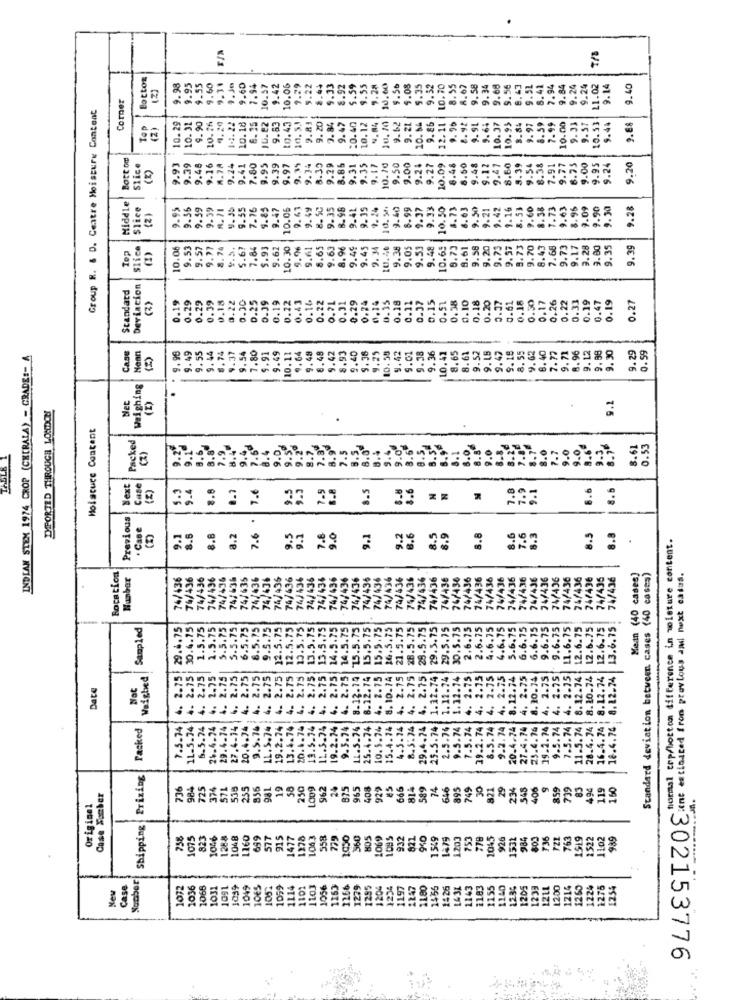
7/5
(2)
.98
9.55
9.60
9.31
9.30
9.60
7.94
10.57
9.42
10.06
1.29
1.22
8.44
9.33
8.9
5.59
9.55
9.28
10.60
9.56
9.05
5.35
9.52
10.70
8.55
8.67
9.58
9.68
7.94
9.24
9.14
9.40
Corner
Group R. & D. Centre Moisture Content
-
10.29
10.31
9.90
10.26
4.29
1-1.22
6.25
JU.82
9.83
10. 43
9.20
3.84
9.47
10.40
10.12
9.62
9.2L
10.54
9.86
. 90
9.9L
9.64
10.37
8.59
9.33
5.44
9.68
Tap
(2)
10.18
9.83
12.11
8.9
10.95
9.97
10.53
9.54
9.20
Slice
(2)
.93
9.39
9.16
A.78
9.24
7.80
9.95
9.39
9.97
9.34
8.30
9.29
8.86
9.31
9.35
9.17
10.70
9.50
9.00
9.24
9.27
10.09
8.48
8.50
9.48
9.12
9.47
8.60
9.39
8.38
7.91
9.77
6.75
9.00
Slice
9.95
9.56
R. 71
9. 30
9.55
7.16
1.85
9.47
10.06
9.43
9.49
8. 50
9.35
8.98
9.41
9.35
9.24
8.99
9.37
9.33
10.50
8.73
8.63
9.50
9.21
9.42
1.16
8.53
9.60
8.38
1.73
9.63
9.09
9.90
9.30
9.28
(2)
Slice
(1)
10.06
. 57
7.84
5.93
5.62
10.30
5.%
9.61
8.65
9.63
8.96
9.49
9.45
10.40
9.05
9.53
9.48
10.65
6.73
8.61
9.58
9.20
9.73
9.57
9.73
9.70
8.43
7.65
9.73
9.17
3.28
9.80
9.35
9.39
Tep
Standard
Deviation
0.30
0.25
0.39
0.19
0.22
0.43
0.16.
0.22
0.7L
0.31
0.29
0.24
0,14
0.35
0.18
0.11
0.37
0.15
0.51
0.38
0.10
0.18
0.20
0.37
0.61
0.18
0.30
0.17
0.26
0.22
0.33
0.19
0.47
0.19
0.27
0.19
0.39
(2)
Nean
9.55
9.44
9.54
7.80
9.49
10.11
9.64
9.48
8.48
9.42
8.93
9.40
9.38
9.25
10.55
9.42
9.01
9.38
9.36
10. 47
8.65
8.61
9.52
9.18
9.47
9.18
8.55
9.62
8.40
7.77
9.71
8.96
9.12
9.98
9.30
9.29
0.59
INDIAN STEM 1974 CROP (CKERALA) - GRADE :-
CASE
. 9.98
8.74
9.37
9.91
Weighing
Net
9.2
IMPORTED THROUGH LONDON
(2)
.
Moisture Content
Packed
.0
8.61
0.53
TABLE 1
8.8
9.0
Next
Case
9.4
3.8
8.5
3.6
7.8
7.9
8.6
8.6
7.6
Previous
.
Case
9.1
7.8
9.1
8.6
8.8
8.2
7.6
9.5
9.0
9.1
9.2
8.6
8.5
8.9
8.8
8.6
7.6
8.3
8.5
8.8
normal top/bottom difference in voleture content.
BoCation
Hunber
74/436
74/436
74/436
74/436
74/436
74/636
74/635
74/436
74/436
74/435
74/436
74/436
74/436
74/436
74/436
74/436
74/436
. 74/436
74/436
74/436
74/436
75/436
74/436
74/436
74/436
74/436
74/436
74/436
74/436
74/436
74/436
74/436
76/436
24/436
74/436
74/436
74/436
74/496
74/435
74/436
Mean (40 cases]
Standard deviation between cases (40 cases)
ILLESTZOE in enciasted from previous and next catas.
Sampled
29.4.75
30.4.75
1.5.75
1.5.75
5.5.75
5.5.75
6.5.75
8.5.75
9.5.75
12.5.75
. 2.75 12.5.75
2.75 10.5.75
2.75 13.5.75
2.75 13.5.75
2.75 14.5.75
14.5.75
75.5.73
15.5.75
15.5.75
16.5.75
21.5.75
28.5.75
28.5.75
29.5.75
29.5.15
30.5.75
2.6.75
2.6.75
4.6.75
4.6,75
5.6.75
6.6.15
6.6.15
9.6.75
9.6.75
7.5.74 4. 2.15. 11.6.75
12.6.75
12.6.75
12.6.75
13.6.75
4. 2.75
Weighed
2.75
2.75
2.75
. 2.75
2.75
2.75
8.32.74
8.12.74
4. 2.75
8.10.14
4. 2.75
4. 2.75
4. 2.75
25.5.74 1.12.74
1.12.74
1.12.74
4. 2.75
4. 2.15
4. 2.75
8.12.74
4. 2.75
8.20.74
4. 2.75
4. 2.75
8.12.74
8.10.74
16.4.74 8.12.74
18.4.74 8.12.74
Date
Nat
NA
Packed
7.5.74
11.5.74
6.5.74
26.4.24
29.4.74
27.4-14
20.4.74 ;
9.5.76
LL. S.74
19.2.74
13.4.74
20.1.74
13.5.74
IL.3.74
19.2.74
.5.74
LL.5.74
25.4.74
10.5.74
15.4.74
4.3.24
8.5.74
29.4.74
2.5.76
9.5.74
7.5.74
39.2.74
8.5.74
9.2.74
20.4.74
27.4.74
25.4.76
19.2.74
9.5.74
11.5.74
28.4.74
Shipping Prizing
736
984
725
374
57L
535
235
956
981
19
58
250
1009
962
24
875
965
408
922
85
666
814
589
74
646
895
749
30
821
29
234
548
406
8.99
739
83
494
119
160
Case Farber
Original
1075
823
10%6
1288
1048
1160
699
577
915
477
1278
1063
358
779
1030
560
805
1069
1.095
932
821
940
1549
1479
1203
753
778
10%5
926
1532
984
803
736
763
1519
1522
1102
989
New
Case
Number
1072
1036
1068
1031
1099
1049
1052
1059
1114
1101
1103
1056
1263
1266
1279
1285
1204
1234
1197
247
1.80
1456
1426
1143
1183
155
140
1.2.35
1205
1233
22LL
1200
1214
1260
1224
1275
1254
160